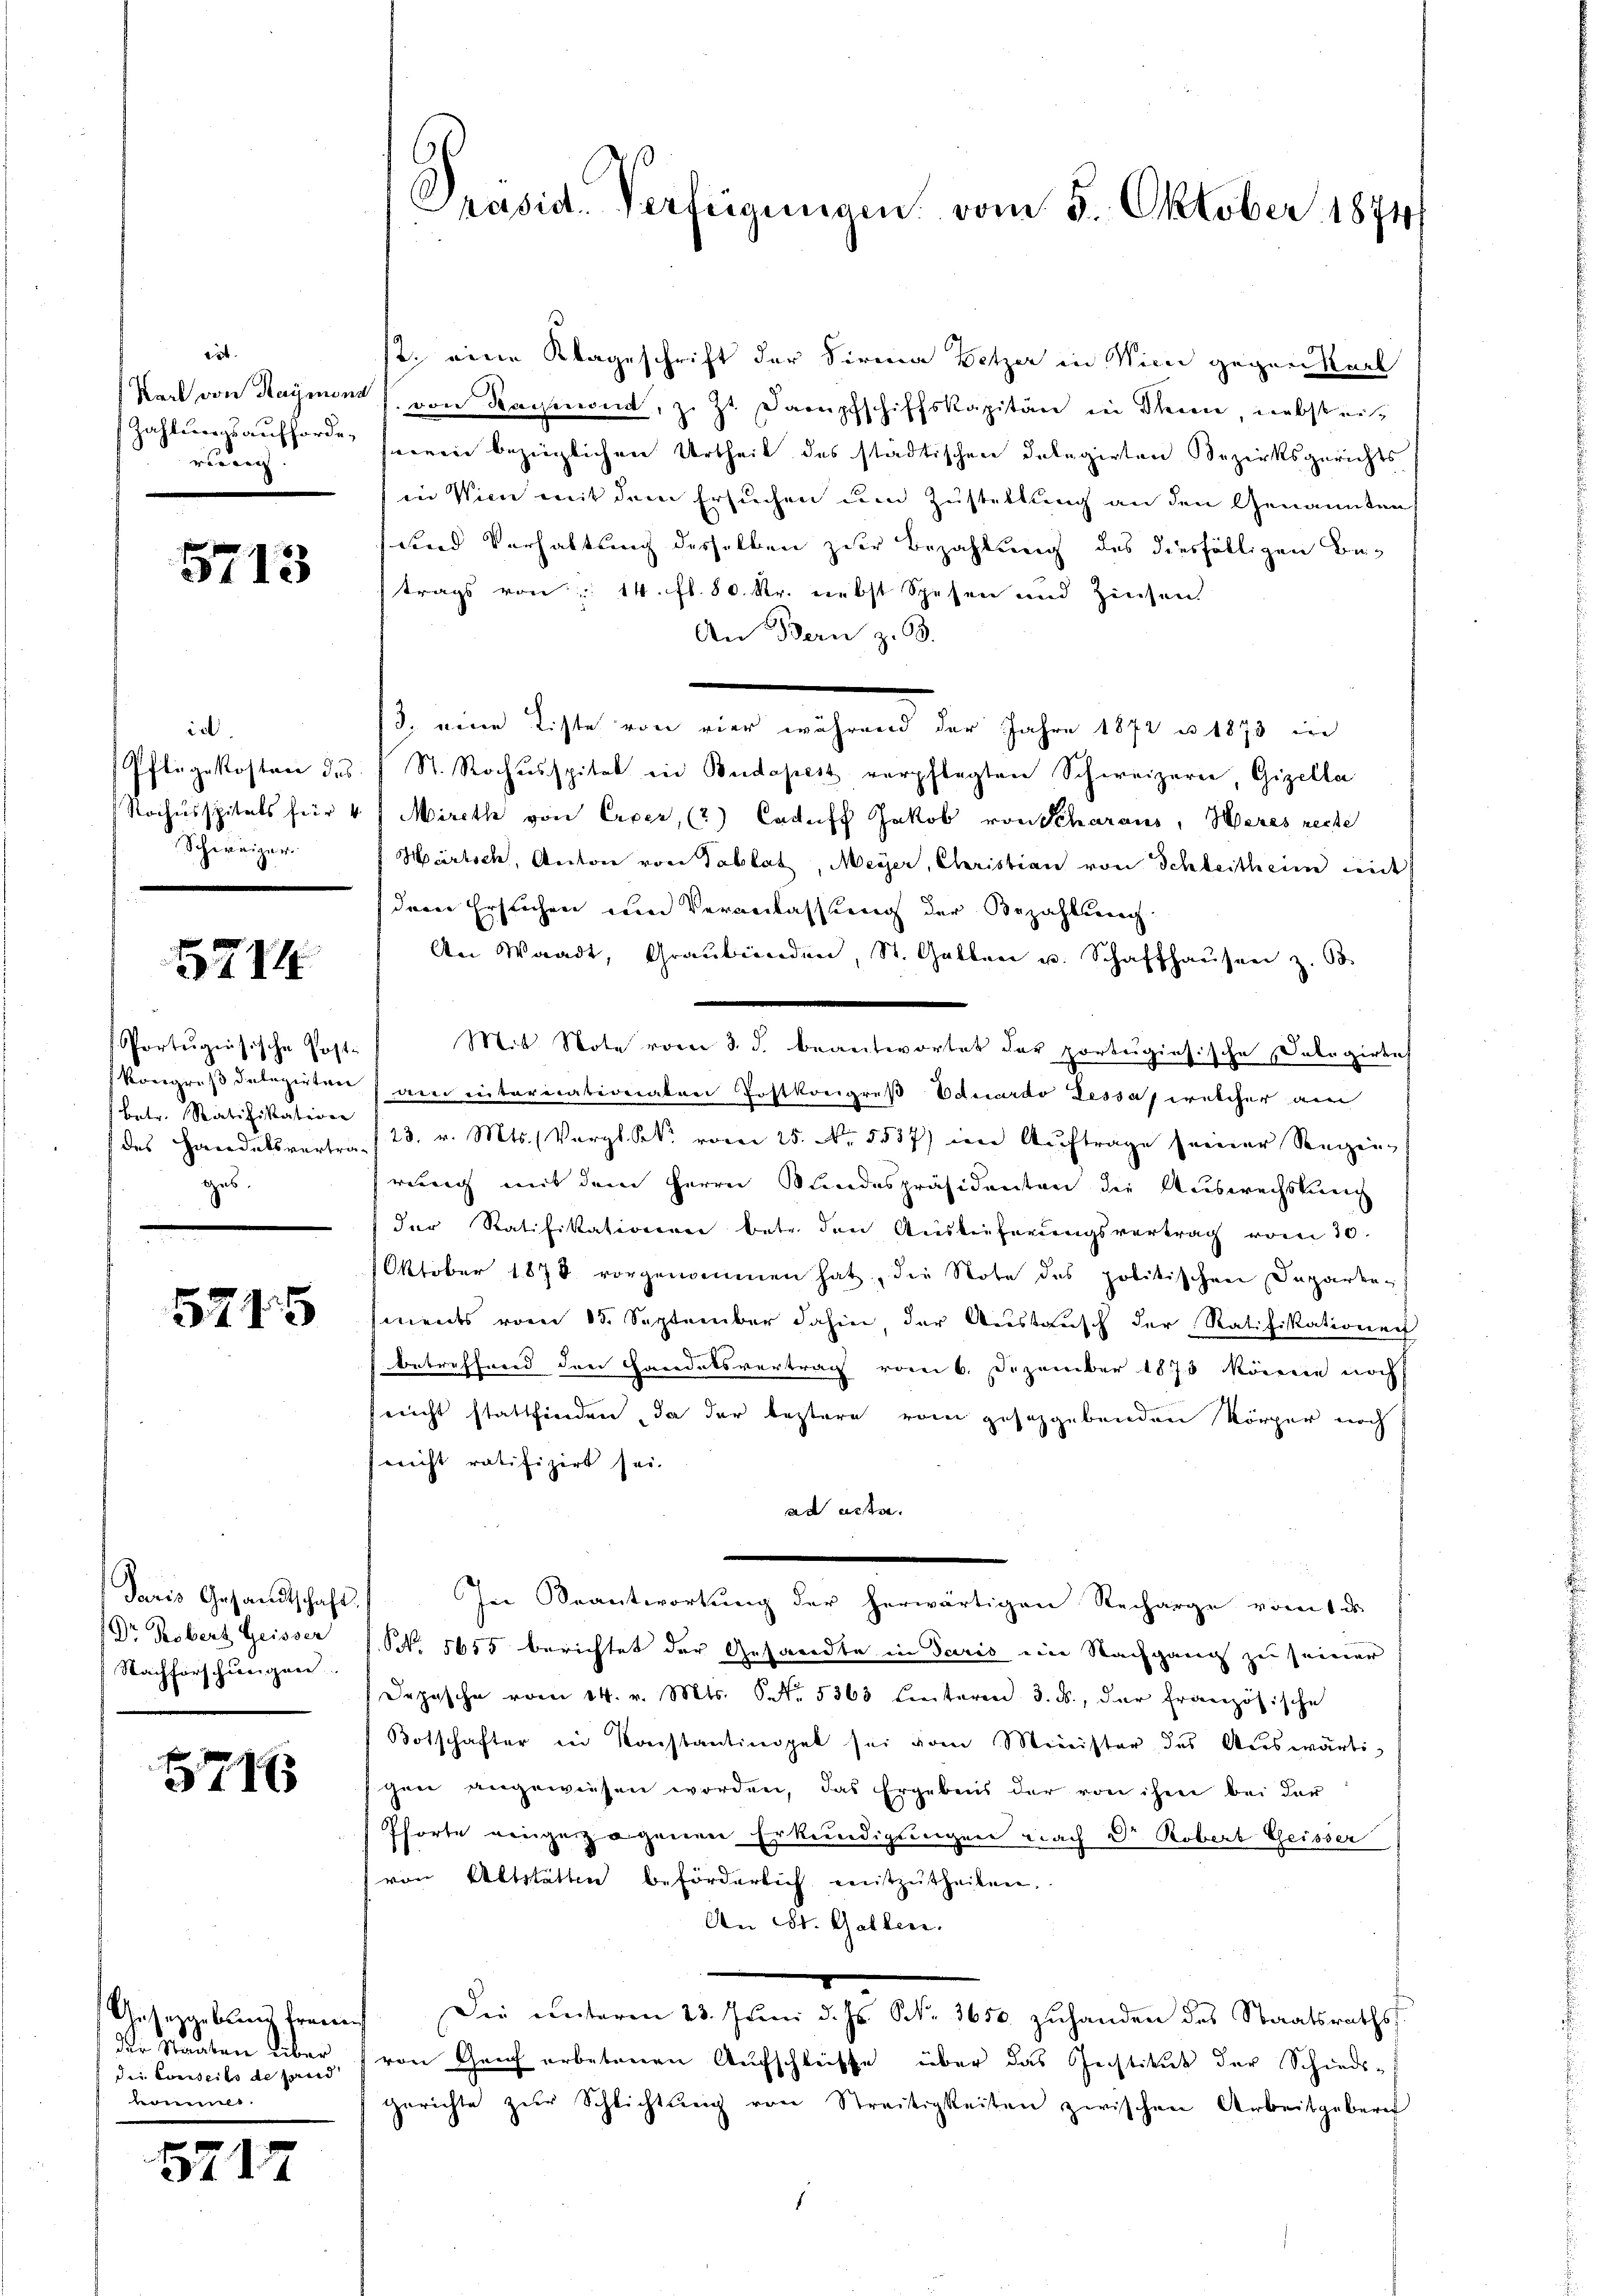
it
rung.

5713

idt
chungen

5714

Portugisische Post-
betr. Ratifikatione
ges.

5745

Dr Robert Geisser
Nachforschinigung

5716

Geferanblung freun
Die Kauten Liber
die Einseils de sand
wel

5717

2. eine Klageschrift der Firma Botzer in Vicii gegenkarl
Wert von Hagman von Kaisen, z. Zt. Dampfschiffskapitän in denn, nebstei
Zahlungsaufforde herein bezüglichen Urtheil des städtischen Delegirten Bezirksgerichts
in Wien mit dem Ersuchen um Zustellung an den Genannten
und Verhaltung desselben zur Bezahlung des diesfälligen Betrags von 14. fl. 80. Kr. nebst Spesen und Zinsen
An Bern z. B.
3. eine Liste von vier während der Jahre 1872 u. 1873 in
Pflegekosten des 1 St. Rochusspital in Budapest verpflegten Schweizern, Gizella
Rochusspitals für 4 Mireth von Crocr, (2) Caduff Jakob von Scharaus, Heres recte
Hürtsch, Antone von Tablat, Meyer, Christian von Schleitheim mit
dere Ersuchen um Veranlassung der Bezahlung
An Waadt, Graubünden, St. Gallen u. Schaffhaŭsen z. B.
Mit Note vom 3. d. beantwortet der portugisische Salagirtes
Kongreß delegirten (am intoricationaten Postkongreß Eduardo Lessa, welcher an
des Handelsvertra- /23. v. Mts. (Vergl. K. vom 25. No. 5537) den Aŭftrage seiner Seegen-
rung mit dem Herrn Kundespräsidenten die Auswechslung
der Ratifikationen betr. den Auslieferŭngsvertrag vom 30.
Oktober 1878 vorgenommen hat, die Note des politischen Departen s
ments vom 15. September dahin der Anstausch der Ratifikationen
betreffend den Caredatsvertrag vom 6. Dezember 1873 könne noch
sreicht stattfinden, da der bestern vom gesetzgebenden Körper noch
fericht ratifizirt sei.
ad acte.
Paris Gesandtschaft. In Beantwortung der herwärtigen Recharge vom 1. ds.
NNo. 5655 berichtet der Gesandte in Paris eine Nachgang zu seiner
Dopische vom 14. v. Mts. S. 5363 hinteren 3. ds., der französische
Botschafter in Konstantinget sei vom Minister des Aŭswärti-
gen angewiesen worden, das Ergebens der von ihm bei der
Pforte eingezogenen Erkundigungen nach Dr. Robert Geisser
von Altstätten beförderlich mitzutheilen.
An St. Gallen.
Die unterm 23. Juni d. Js. N. 3650 zuhanden des Staatsraths
von Genf erbetenen Aufschleisse über das Geistitut der Schieds-
gerichte zŭr Schlichtŭng von Streitigkeiten zwischen Arbeitgebern
s

Präsid. Verbeigungen vom 5. Oktober 1894/